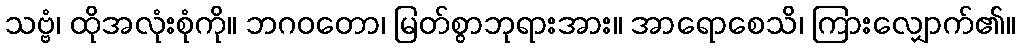
သဗ္ဗံ၊ ထိုအလုံးစုံကို။ ဘဂဝတော၊ မြတ်စွာဘုရားအား။ အာရောစေသိ၊ ကြားလျှောက်၏။